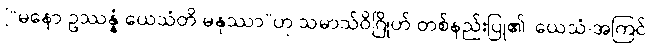
[“မနော ဥဿန္နံ ယေသံတိ မနုဿာ”ဟု သမာသ်ဝိဂြိုဟ် တစ်နည်းပြု၏၊ ယေသံ-အကြင်